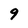
Character: 9